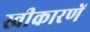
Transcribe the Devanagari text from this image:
स्वीकारणें